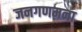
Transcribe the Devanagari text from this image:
जनगणमना